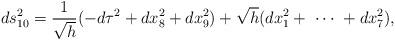
LaTeX: \begin{align*}ds^2_{10} = \frac{1}{\sqrt{h}} ( - d \tau^2 + dx_8^2 + dx_9^2) + \sqrt{h} (dx_1^2 + \ \cdots \ + dx_7^2 ),\end{align*}